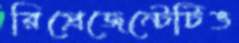
রিপ্রেজেন্টেটিভ